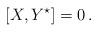
LaTeX: \begin{align*}[X,Y^\star]=0\,.\end{align*}